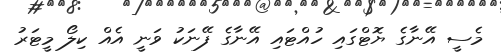
މެސީ އޭނާގެ ޔޮޓްގައި ހުއްޓައި އޭނާގެ ފޭނަކު ވަނީ އެއް ކިލޯ މީޓަރު